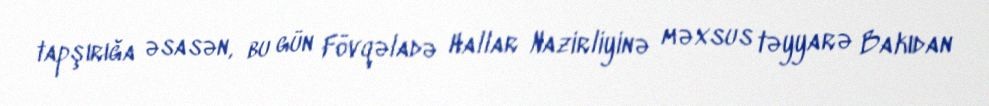
tapşırığa əsasən, bu gün Fövqəladə Hallar Nazirliyinə məxsus təyyarə Bakıdan